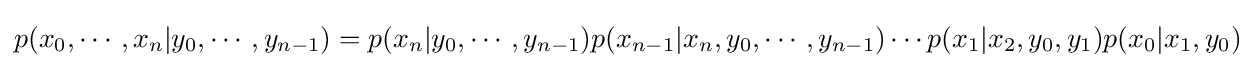
p(x_{0},\cdots ,x_{n}|y_{0},\cdots ,y_{n-1})=p(x_{n}|y_{0},\cdots ,y_{n-1})p(x_{n-1}|x_{n},y_{0},\cdots ,y_{n-1})\cdots p(x_{1}|x_{2},y_{0},y_{1})p(x_{0}|x_{1},y_{0})